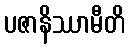
ပဇာနိဿာမီတိ